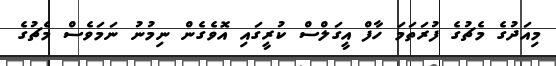
މިއަދުގެ މެޗުގެ ފުރަތަމަ ހާފް އީގަލްސް ކުރީގައި އޮވެގެން ނިމުނު ނަމަވެސް މެޗުގެ